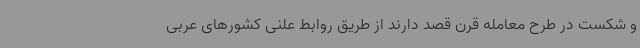
و شکست در طرح معامله قرن قصد دارند از طریق روابط علنی کشورهای عربی